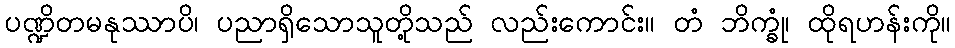
ပဏ္ဍိတမနုဿာပိ၊ ပညာရှိသောသူတို့သည် လည်းကောင်း။ တံ ဘိက္ခုံ၊ ထိုရဟန်းကို။